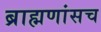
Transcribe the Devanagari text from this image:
ब्राह्मणांसच